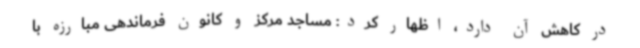
در کاهش آن دارد، اظهار کرد: مساجد مرکز و کانون فرماندهی مبارزه با